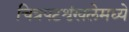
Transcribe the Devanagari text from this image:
चित्रपटशृंखलेमध्ये